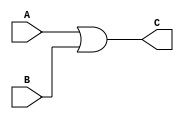
`timescale 1ns / 1ps
//////////////////////////////////////////////////////////////////////////////////
// Company: 
// Engineer: 
// 
// Design Name: 
// Module Name: OR
// Project Name: 
// Target Devices: 
// Tool Versions: 
// Description: 
// 
// Dependencies: 
// 
// Revision:
// Revision 0.01 - File Created
// Additional Comments:
// 
//////////////////////////////////////////////////////////////////////////////////


module OR(A,B,C);
    
    input A,B;
    output reg C; 
    always@(*) begin
        C <= A|B;
    end
endmodule